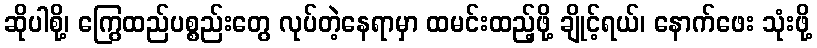
ဆိုပါစို့၊ ကြွေထည်ပစ္စည်းတွေ လုပ်တဲ့နေရာမှာ ထမင်းထည့်ဖို့ ချိုင့်ရယ်၊ နောက်ဖေး သုံးဖို့